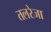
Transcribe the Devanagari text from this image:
तलरेजा